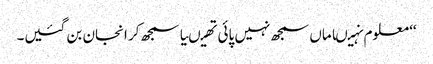
‘‘ معلوم نہیںاماں سمجھ نہیں پائی تھیںیا سمجھ کر انجان بن گئیں۔